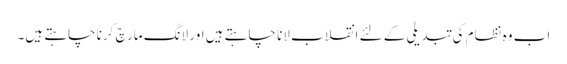
اب وہ نظام کی تبدیلی کے لئے انقلاب لانا چاہتے ہیں اور لانگ مارچ کرنا چاہتے ہیں۔